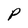
Character: P